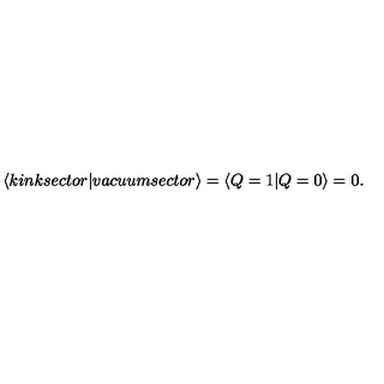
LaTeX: \left< k i n k s e c t o r | v a c u u m s e c t o r \right> = \left< Q = 1 | Q = 0 \right> = 0 .